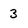
Character: 3